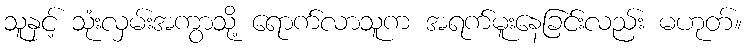
သူနှင့် သုံးလှမ်းအကွာသို့ ရောက်လာသူက အရက်မူးနေခြင်းလည်း မဟုတ်။